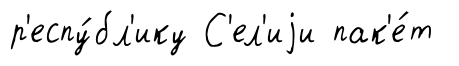
р'еспу́бл'ику С'ел'иjи пак'е́т